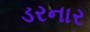
ડરનાર